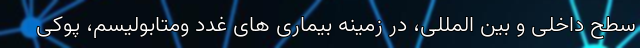
سطح داخلی و بین المللی، در زمینه بیماری های غدد ومتابولیسم، پوکی